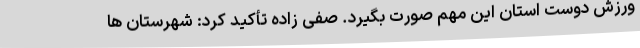
ورزش دوست استان این مهم صورت بگیرد. صفی زاده تأکید کرد: شهرستان ها